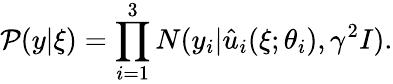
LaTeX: {\mathcal{P}(y|\xi)}=\prod_{i=1}^{3}N(y_{i}|\hat{{u}}_{i}(\xi;\theta_{i}),\gamma^{2}I).